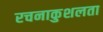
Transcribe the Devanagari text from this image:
रचनाकुशलता